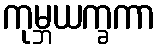
ကုမ္ဘယက္ခကာ